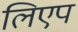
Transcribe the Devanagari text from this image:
लिएप